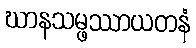
ဃာနသမ္ဖဿာယတနံ